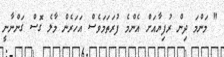
" މަންމަ ދިން ރުފިޔާއަށް އެންމެ ފުރަތަމަވެސް އަހަރެން މާލެ ގޮސް ގަންނާނީ